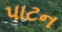
પાટન